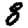
Digit: 8